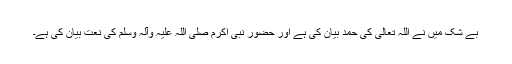
بے شک میں نے اللہ تعالیٰ کی حمد بیان کی ہے اور حضور نبی اکرم صلی اللہ علیہ وآلہ وسلم کی نعت بیان کی ہے۔